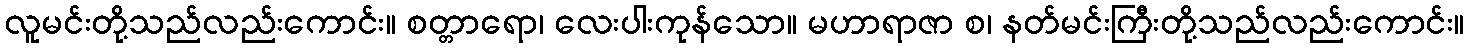
လူမင်းတို့သည်လည်းကောင်း။ စတ္တာရော၊ လေးပါးကုန်သော။ မဟာရာဇာ စ၊ နတ်မင်းကြီးတို့သည်လည်းကောင်း။